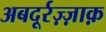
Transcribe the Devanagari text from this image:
अबदूर्रज़्ज़ाक़